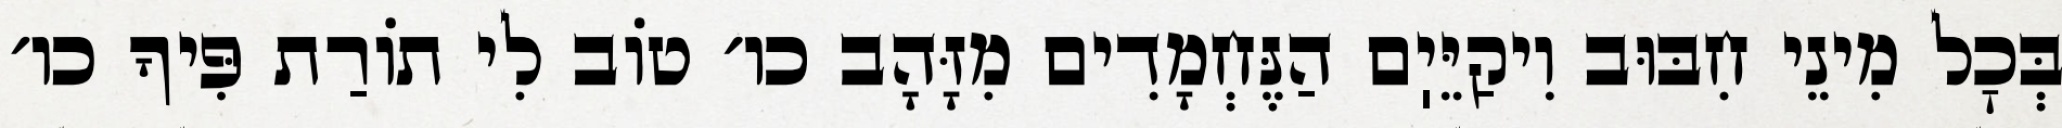
בְּכׇל מִינֵי חִבּוּב וִיקַיֵּיֽם הַנֶּחְמָדִים מִזָּהָב כו׳ טוֹב לִי תוֹרַת פִּיךָ כו׳